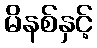
မိနစ်နှင့်